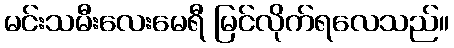
မင်းသမီးလေးမေရီ မြင်လိုက်ရလေသည်။